Sanitation, dispensaries and jails vaccination Rajputana 1922-1927 - 1922-1927
Year: 1922
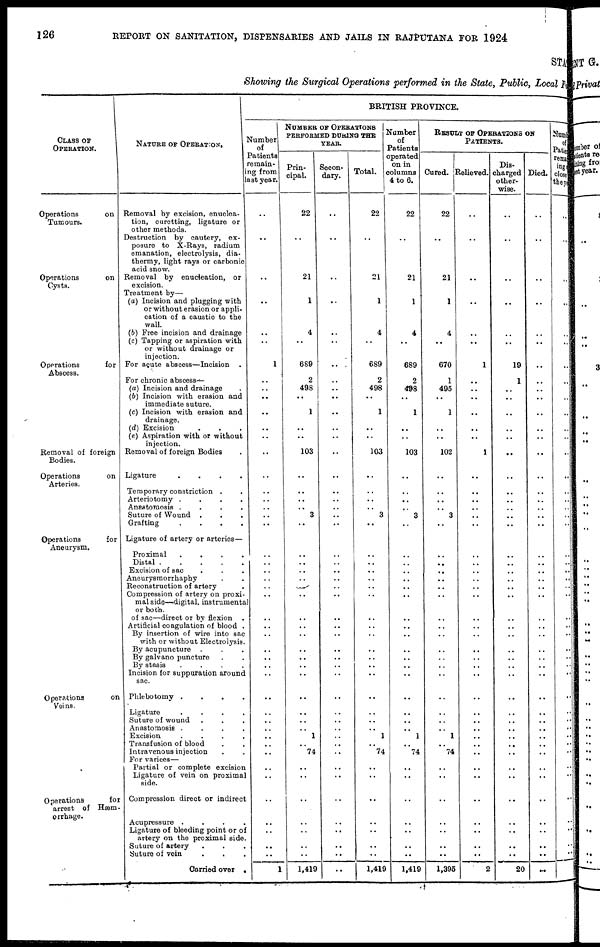
126
REPORT ON SANITATION, DISPENSARIES AND JAILS IN RAJPUTANA FOR 1924
STATE
Showing the Surgical Operations performed in the State, Public, Local Fund
CLASS OF
OPERATION.
Operations
on
Tumours.
Operations
on
Cysts.
Operations
for
Abscess.
Removal of foreign
Bodies.
Operations
on
Arteries.
Operations
for
Aneurysm.
Operations
on
Veins.
Operations
for
arrest of Hæm-
orrhage.
NATURE OF OPERATION.
Removal by excision, enuclea¬
tion, curetting, ligature or
other methods.
Destruction by cautery, ex-
posure to X-Rays, radium
emanation, electrolysis, dia-
thermy, light rays or carbonic
acid snow.
Removal by enucleation, or
excision.
Treatment by—
(a) Incision and plugging with
or without erasion or appli-
cation of a caustic to the
wall.
(b) Free incision and drainage
(c) Tapping or aspiration with
or without drainage or
injection.
For acute abscess—Incision .
For chronic abscess —
(a) Incision and drainage .
(b) Incision with erasion and
immediate suture.
(c) Incision with erasion and
drainage.
(d) Excision . . .
(e) Aspiration with or without
injection.
Removal of foreign Bodies .
Ligature
.
.
.
.
Temporary constriction . .
Arteriotomy .
.
.
.
Anostomosis .
.
.
.
Suture of Wound . . .
Grafting
.
.
.
.
Ligature of artery or arteries—
Proximal
.
.
.
.
Distal .
.
.
.
.
Excision of sac . . .
Aneurysmorrhaphy .
Reconstruction of artery .
Compression of artery on proxi-
mal side—digital, instrumental
or both.
of sac—direct or by flexion .
Artificial coagulation of blood .
By insertion of wire into sac
with or without Electrolysis.
By acupuncture . . .
By galvano puncture . .
By stasis
.
.
.
.
Incision for suppuration around
sac.
Phlebotomy .
.
.
.
Ligature
.
.
.
.
Suture of wound . . .
Anastomosis .
.
.
.
Excision
.
.
.
.
Transfusion of blood . .
Intravenous injection . .
For varices—
Partial or complete excision
Ligature of vein on proximal
side.
Compression direct or indirect
Acupressure .
.
.
.
Ligature of bleeding point or of
artery on the proximal side.
Suture of artery . . .
Suture of vein
.
.
.
Carried over .
BRITISH PROVINCE.
Number
of
Patients
remain¬
ing from
last year.
..
..
..
..
..
..
1
..
..
..
..
..
..
..
..
..
..
..
..
..
..
..
..
..
..
..
..
..
..
..
..
..
..
..
..
..
..
..
..
..
..
..
..
..
..
..
..
1
NUMBER OF OPERATIONS
PERFORMED DURING THE
YEAR.
Prin-
cipal.
22
..
21
1
4
..
689
2
498
..
1
..
..
103
..
..
..
..
3
..
..
..
..
..
..
..
..
..
..
..
..
..
..
..
..
..
..
1
..
74
..
..
..
..
..
..
..
1,419
Secon-
dary.
..
..
..
..
..
..
.. .
..
..
..
..
..
..
..
..
..
..
..
..
..
..
..
..
..
..
..
..
..
..
..
..
..
..
..
..
..
..
..
..
..
..
..
..
..
..
..
..
..
Total.
22
..
21
1
4
..
689
2
498
..
1
..
..
103
..
..
..
..
3
..
..
..
..
..
..
..
..
..
..
..
..
..
..
..
..
..
..
1
..
74
..
..
..
..
..
..
..
1,419
Number
of
Patients
operated
on in
columns
4 to 6.
22
..
21
1
4
..
689
2
498
..
1
..
..
103
..
..
..
..
3
..
..
..
..
..
..
..
..
..
..
..
..
..
..
..
..
..
..
1
..
74
..
..
..
..
..
..
..
1,419
RESULT OF OPERATIONS ON
PATIENTS.
Cured.
22
..
21
1
4
..
670
1
495
..
1
..
..
102
..
..
..
..
3
..
..
..
..
..
..
..
..
..
..
..
..
..
..
..
..
..
..
1
..
74
..
..
..
..
..
..
..
1,395
Relieved.
..
..
..
..
..
..
1
..
..
..
..
..
..
1
..
..
..
..
..
..
..
..
..
..
..
..
..
..
..
..
..
..
..
..
..
..
..
..
..
..
..
..
..
..
..
..
..
2
Dis-
charged
other-
wise.
..
..
..
..
..
..
19
1
..
..
..
..
..
..
..
..
..
..
..
..
..
..
..
..
..
..
..
..
..
..
..
..
..
..
..
..
..
..
..
..
..
..
..
..
..
..
..
20
Died.
..
..
..
..
..
..
..
..
..
..
..
..
..
..
..
..
..
..
..
..
..
..
..
..
..
..
..
..
..
..
..
..
..
..
..
..
..
..
..
..
..
..
..
..
..
..
..
..
Numb
of
Patie
rema
ing
close
the y
..
..
..
..
..
..
..
..
..
..
..
..
..
..
..
..
..
..
..
..
..
..
..
..
..
..
..
..
..
..
..
..
..
..
..
..
..
..
..
..
..
..
..
..
..
..
..
..